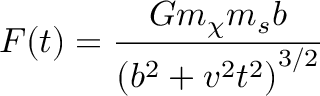
F ( t ) = \frac { G m _ { \chi } m _ { s } b } { \left( b ^ { 2 } + v ^ { 2 } t ^ { 2 } \right) ^ { 3 / 2 } }